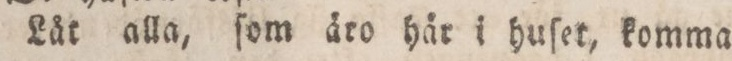
— Lår alla, ſom äro häro i huſet, komma